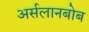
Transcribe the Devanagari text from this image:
अर्सलानबोब